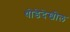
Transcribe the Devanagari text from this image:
थोडेदेखील